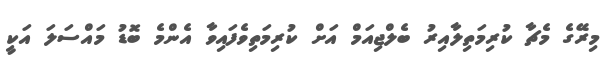
މިރޭގެ މެޗާ ކުރިމަތިލާއިރު ބެލްޖިއަމް އަށް ކުރިމަތިވެފައިވާ އެންމެ ބޮޑު މައްސަލަ އަކީ